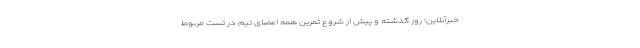
خبرآنلاین؛ روز گذشته و پیش از شروع تمرین همه اعضای تیم در تست مربوط